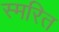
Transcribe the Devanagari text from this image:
स्मरित